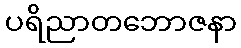
ပရိညာတဘောဇနာ